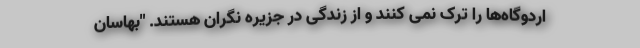
اردوگاه‌ها را ترک نمی کنند و از زندگی در جزیره نگران هستند. "بهاسان